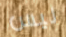
ليس